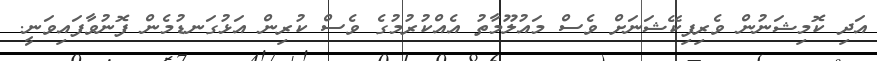
އަދި ކޮމިޝަނުން ވެރިފިކޭޝަނަށް ވެސް މައުލޫމާތު އެއްކުރުމުގެ ވެސް ކުރިން އަޅުގަނޑުމެން ފޮނުވާފައިވަނީ.